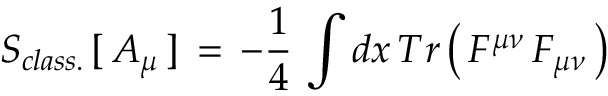
{ \cal S } _ { c l a s s . } \, [ \, A _ { \mu } \, ] \, = \, - { \frac { 1 } { 4 } } \, \int d x \, T r \left( \, F ^ { \mu \nu } \, F _ { \mu \nu } \, \right)